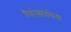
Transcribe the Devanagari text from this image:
चैकोस्लोवेकिया